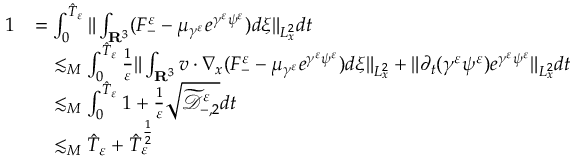
\begin{array} { r l } { 1 } & { = \int _ { 0 } ^ { \hat { T } _ { \varepsilon } } \| \int _ { \mathbf R ^ { 3 } } ( F _ { - } ^ { \varepsilon } - \mu _ { \gamma ^ { \varepsilon } } e ^ { \gamma ^ { \varepsilon } \psi ^ { \varepsilon } } ) d \xi \| _ { L _ { x } ^ { 2 } } d t } \\ & { \quad \lesssim _ { M } \int _ { 0 } ^ { \hat { T } _ { \varepsilon } } \frac { 1 } { \varepsilon } \| \int _ { \mathbf R ^ { 3 } } v \cdot \nabla _ { x } ( F _ { - } ^ { \varepsilon } - \mu _ { \gamma ^ { \varepsilon } } e ^ { \gamma ^ { \varepsilon } \psi ^ { \varepsilon } } ) d \xi \| _ { L _ { x } ^ { 2 } } + \| \partial _ { t } ( \gamma ^ { \varepsilon } \psi ^ { \varepsilon } ) e ^ { \gamma ^ { \varepsilon } \psi ^ { \varepsilon } } \| _ { L _ { x } ^ { 2 } } d t } \\ & { \quad \lesssim _ { M } \int _ { 0 } ^ { \hat { T } _ { \varepsilon } } 1 + \frac { 1 } { \varepsilon } \sqrt { \widetilde { \mathscr D } _ { - , 2 } ^ { \varepsilon } } d t } \\ & { \quad \lesssim _ { M } \hat { T } _ { \varepsilon } + \hat { T } _ { \varepsilon } ^ { \frac { 1 } { 2 } } } \end{array}